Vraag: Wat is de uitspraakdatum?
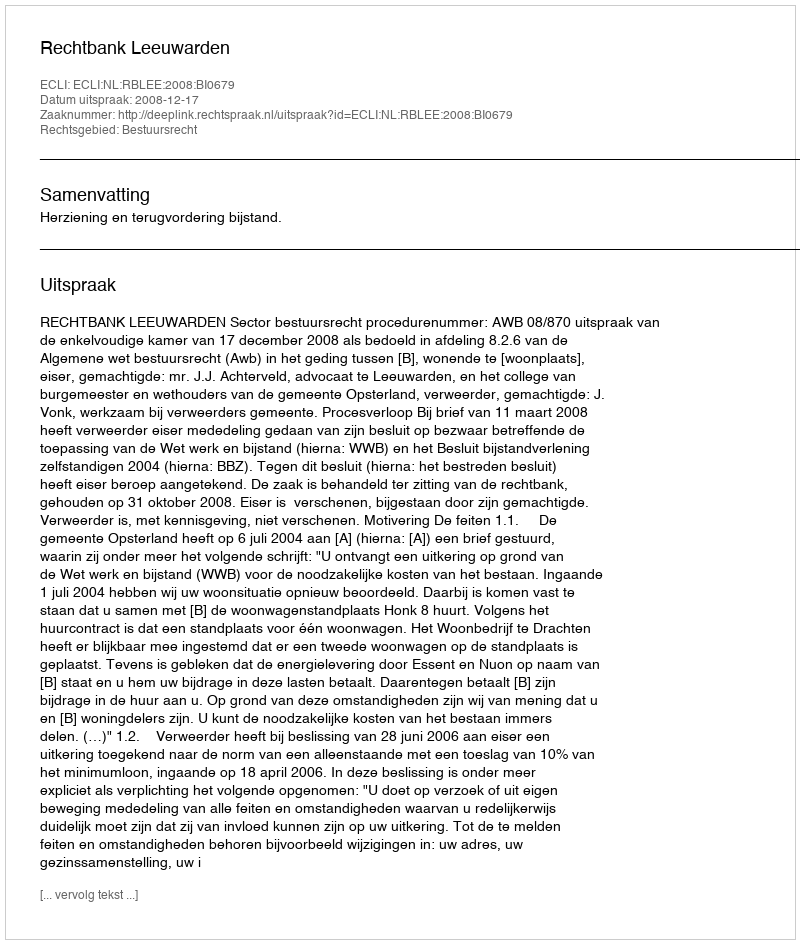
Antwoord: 2008-12-17